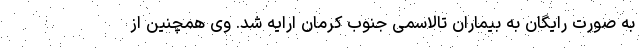
به صورت رایگان به بیماران تالاسمی جنوب کرمان ارایه شد. وی همچنین از